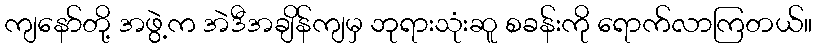
ကျနော်တို့ အဖွဲ့က အဲဒီအချိန်ကျမှ ဘုရားသုံးဆူ စခန်းကို ရောက်လာကြတယ်။